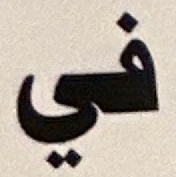
في